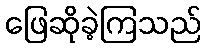
ဖြေဆိုခဲ့ကြသည်